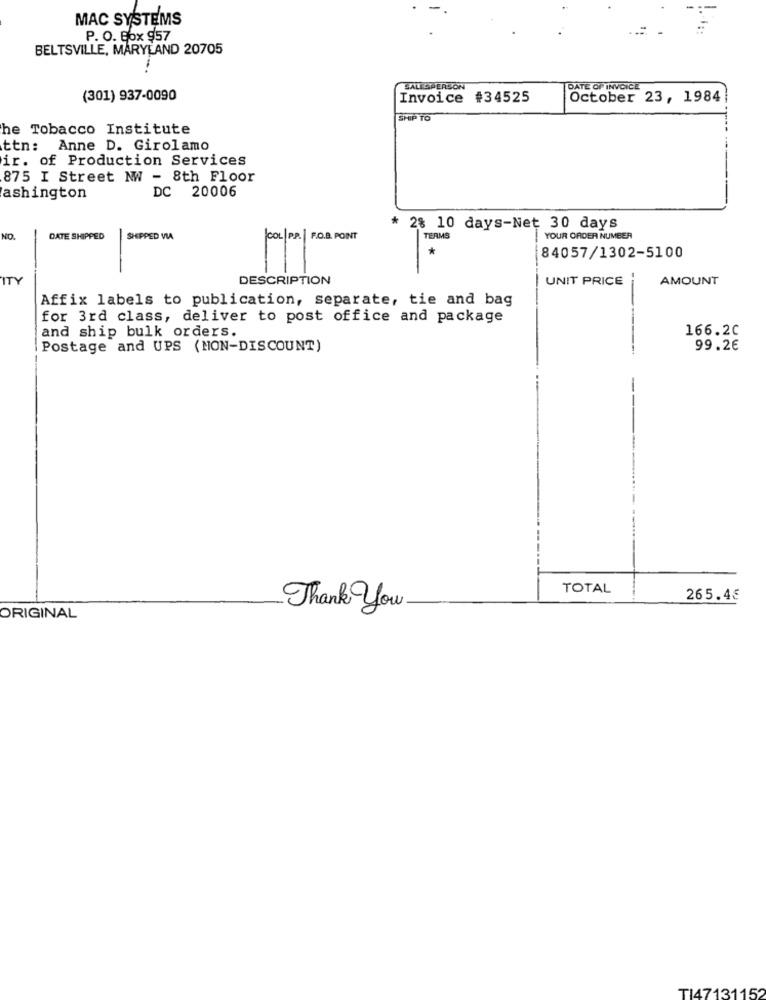
MAC SYSTEMS
P. O. Box 957
BELTSVILLE, MARYLAND 20705
SALESPERSON
DATE OF INVOICE
(301) 937-0090
Invoice #34525
October 23, 1984
SHIP TO
he Tobacco Institute
ten:
Anne D. Girolamo
ir. of Production Services
875 I Street NW - 8th Floor
DC 20006
ashington
* 28 10 days-Net 30 days
NO.
DATE SHIPPED
SHIPPED VIA
COL P.R. F.O.B. POINT
TERMS
YOUR ORDER NUMBER
*
84057/1302-5100
ITY
DESCRIPTION
UNIT PRICE
AMOUNT
Affix labels to publication, separate, tie and bag
for 3rd class, deliver to post office and package
166.20
and ship bulk orders.
Postage and UPS (MON-DISCOUNT)
99.2€
TOTAL
265.4€
Thank You
ORIGINAL
TI47131152